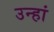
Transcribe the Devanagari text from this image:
उन्हां